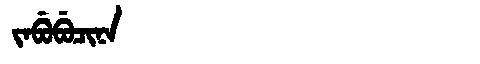
Manchu: ᠵᠠᠪᡠᠪᡠᠴᡳᠨᠠ
Romanization: JABUBUCINA